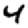
Digit: 4